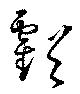
虧